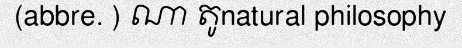
(abbre. ) ណា តូnatural philosophy